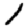
Digit: 1